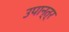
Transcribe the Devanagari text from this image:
उपान्त्र